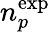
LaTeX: {n_{p}^{\mathrm{exp}}}